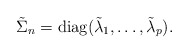
\begin{align*} \tilde{\Sigma}_n = \textup{diag}(\tilde{\lambda}_{1},\ldots,\tilde{\lambda}_{p}).\end{align*}